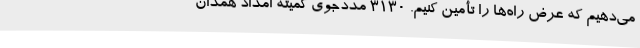
می‌دهیم که عرض راه‌ها را تأمین کنیم. 3130 مددجوی کمیته امداد همدان